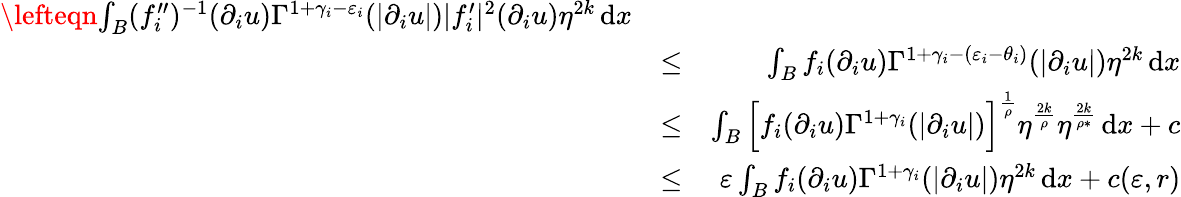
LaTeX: \begin{array}{rlr}{\lefteqn{\int_{B}(f_{i}^{\prime\prime})^{-1}(\partial_{i}u)\Gamma^{1+\gamma_{i}-\varepsilon_{i}}(|\partial_{i}u|)|f_{i}^{\prime}|^{2}(\partial_{i}u)\eta^{2k}\, \mathrm{d}x}}\\ &{\leq}&{\int_{B}f_{i}(\partial_{i}u)\Gamma^{1+\gamma_{i}-(\varepsilon_{i}-\theta_{i})}(|\partial_{i}u|)\eta^{2k}\, \mathrm{d}x}\\ &{\leq}&{\int_{B}\Big[f_{i}(\partial_{i}u)\Gamma^{1+\gamma_{i}}(|\partial_{i}u|)\Big]^{\frac{1}{\rho}}\eta^{\frac{2k}{\rho}}\eta^{\frac{2k}{\rho*}}\, \mathrm{d}x+c}\\ &{\leq}&{\varepsilon\int_{B}f_{i}(\partial_{i}u)\Gamma^{1+\gamma_{i}}(|\partial_{i}u|)\eta^{2k}\, \mathrm{d}x+c(\varepsilon,r)}\end{array}